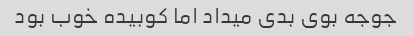
جوجه بوی بدی میداد اما کوبیده خوب بود